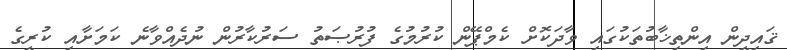
ޤައިދީން އިންތިޚާބުތަކުގައި ވާދަކޮށް ކެމްޕޭން ކުރުމުގެ ފުރުޞަތު ސަރުކާރުން ނުދެއްވާނެ ކަމަށާއި ކުރީގެ